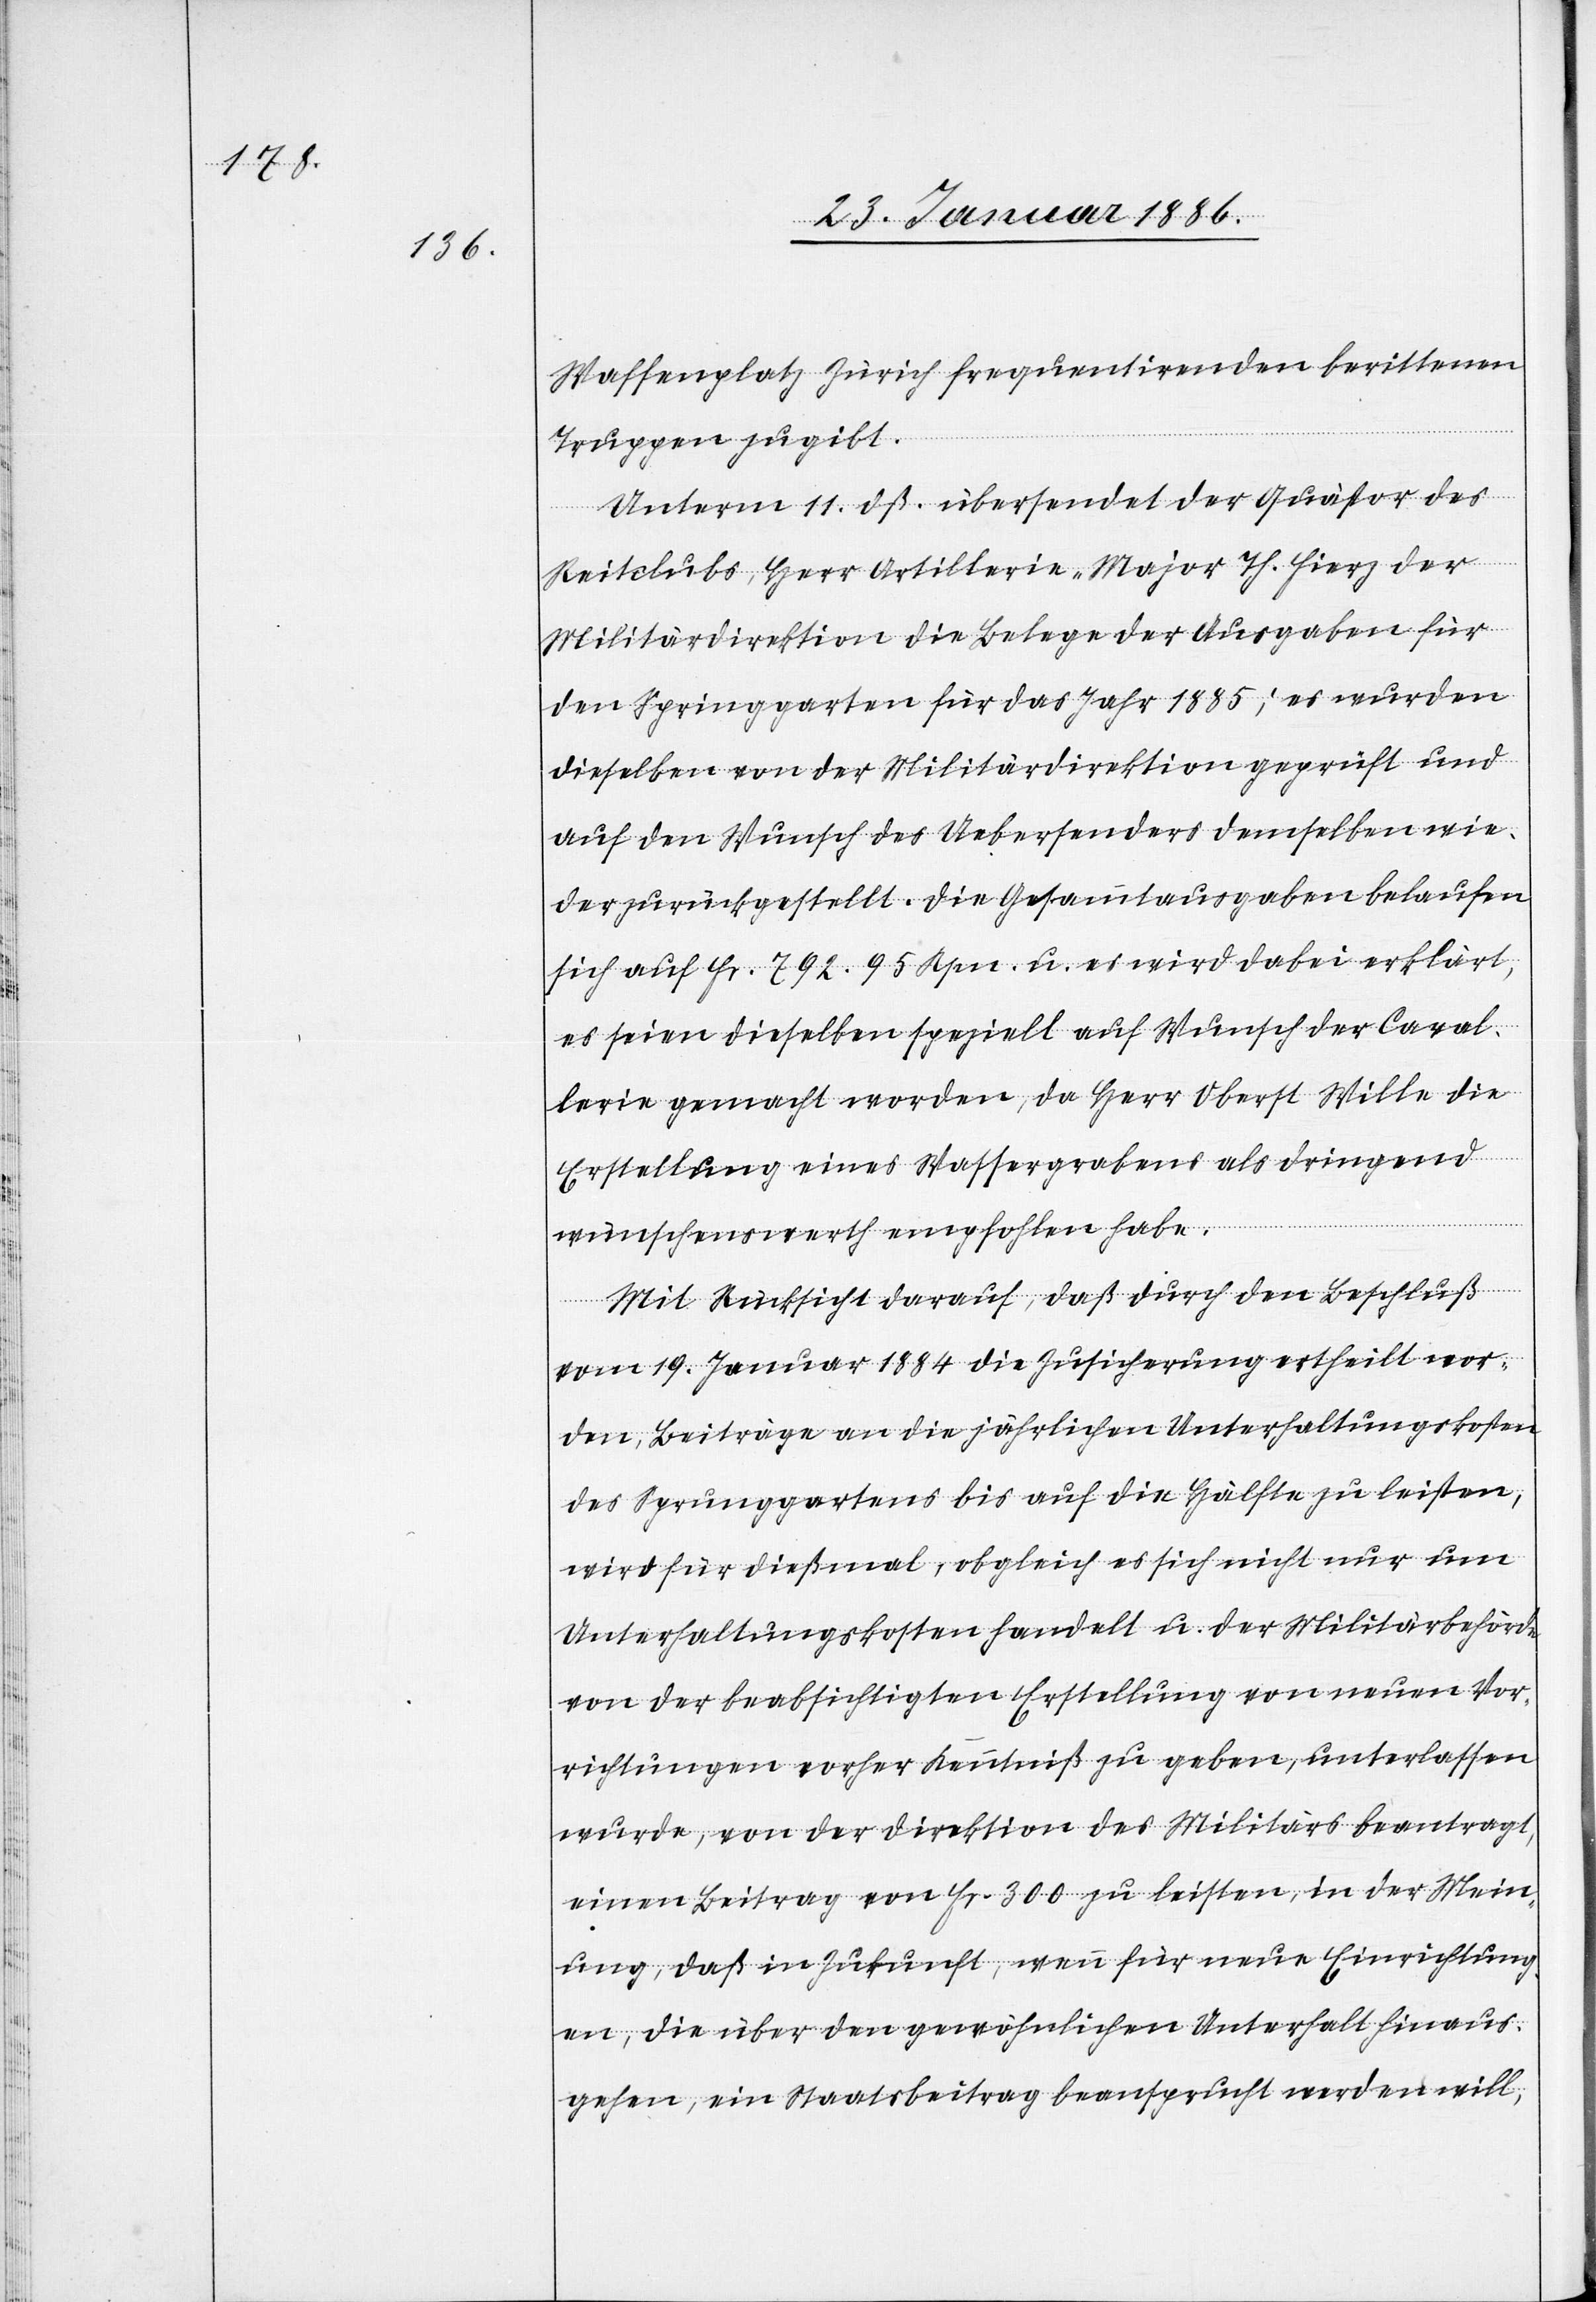
Waffenplatz Zürich frequentirenden berittenen
Truppen zugibt.
Unterm 11. dß. übersendet der Quästor des
Reitclubs, Herr Artillerie-Major Th. Fierz der
Militärdirektion die Belege der Ausgabe für
den Springgarten für das Jahr 1885; es wurden
dieselben von der Militärdirektion geprüft und
auf den Wunsch des Uebersenders demselben wie¬
der zurückgestellt. Die Gesammtausgaben belaufen
sich auf Fr. 792. 95 Rpn. u. es wird dabei erklärt,
es seien dieselben speziell auf Wunsch der Caval¬
lerie gemacht worden, da Herr Oberst Wille die
Erstellung eine Wassergrabens als dringend
wünschenswerth empfohlen habe.
Mit Rücksicht darauf, daß durch den Beschluß
vom 19. Januar 1884 die Zusicherung ertheilt wor¬
den, Beiträge an die jährlichen Unterhaltungskosten
des Sprunggartens bis auf die Hälfte zu leisten,
wird für dießmal, obgleich es sich nicht nur um
Unterhaltungskosten handelt u. der Militärbehörden
von der beabsichtigten Erstellung von neuen Vor¬
richtungen vorher Kenntniß zu geben, unterlassen
wurde, von der Direktion des Militärs beantragt,
einen Beitrag von Fr. 300 zu leisten, in der Mein¬
ung, daß in Zukunft, wenn für neue Einrichtung¬
en, die über den gewöhnlichen Unterhalt hinaus
gehen, ein Staatsbeitrag beansprucht werden will,